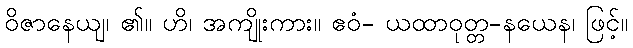
ဝိဇာနေယျ၊ ၏။ ဟိ၊ အကျိုးကား။ ဧဝံ- ယထာဝုတ္တ-နယေန၊ ဖြင့်။